system: You are a helpful assistant.
user:
Analyze the provided spectrum to determine if it is a **Carbon Star (C-type)**.

- **Key Visual Indicators of Carbon Star:**
    - **(Primary):** Strong molecular absorption from **C₂ (diatomic carbon) "Swan Bands."** This is the **defining feature** of a carbon star.
        - **(Key Bandheads):** Sharp absorption edges are visible at approximately $5635$ Å, $5165$ Å (the strongest band), and $4737$ Å.
        - **(Line Profile):** Creates a distinct **"saw-tooth"** pattern. The key morphology is a sharp, steep bandhead on the **red (long-wavelength) side**, which then gradually tapers off (i.e., flux recovers) towards the **blue (short-wavelength) side**. *(This is the direct opposite of the TiO bands seen in M-type stars)*.

    - **(Secondary):** Intense **CN (cyanogen)** molecular absorption bands.
        - **(Key Bandheads):** Located in the blue and violet regions of the spectrum (e.g., near $4215$ Å and $3883$ Å).
        - **(Morphology):** These bands are extremely broad and act as a "blanket," absorbing the vast majority of blue and violet light. This creates a characteristic **"cliff"** or **"steep drop-off"** in the spectrum's flux at short wavelengths.

    - **(Key Confirmation):** Strong **CH absorption band (G-band)**.
        - **(Key Bandhead):** Located around $4300$ Å. The contribution from CH molecules to this band is exceptionally strong.

    - **(Overall Spectrum):**
        - The continuum is severely "chopped up" by these deep molecular bands, especially C₂, rather than appearing as a smooth curve.
        - Due to the heavy CN and C₂ absorption in the blue-green, the vast majority of the star's flux is concentrated in the red part of the spectrum, giving the star its characteristic deep red color.

Think first, call **spectral_visualization_tool** if needed to examine features in detail, then provide your final answer. Your response must adhere to the following strict rules:
1.  **Overall Structure:** Your response must follow the format `<think>...</think> <tool_call>...</tool_call> (if a tool is used) <answer>...</answer>`.
2.  **Tool Usage Constraint:** You may only make **one** tool call per turn.
3.  **Final Answer Format:** In the `<answer>` tag, your conclusion must be inside a `\boxed{}` command (e.g., `\boxed{YES}`), followed by your justification.

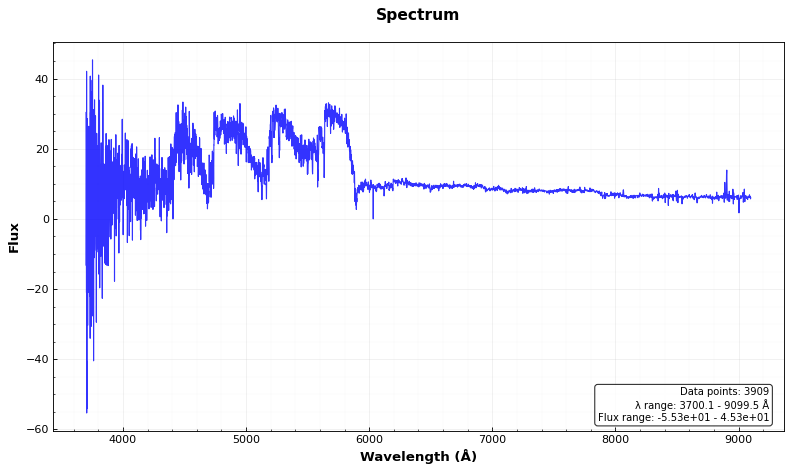
Answer: YES